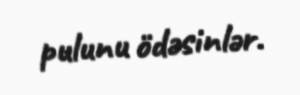
pulunu ödəsinlər.